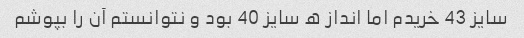
سایز 43 خریدم اما انداز ه سایز 40 بود و نتوانستم آن را بپوشم